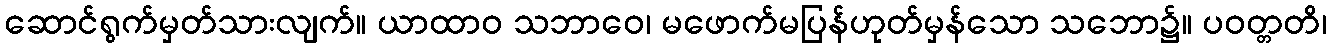
ဆောင်ရွက်မှတ်သားလျက်။ ယာထာဝ သဘာဝေ၊ မဖောက်မပြန်ဟုတ်မှန်သော သဘော၌။ ပဝတ္တတိ၊